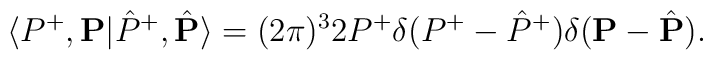
\langle P^+,{\bf P}|\hat P^+,\hat {\bf P}\rangle =(2\pi)^3 2P^+ \delta(P^+-\hat P^+)\delta ({\bf P}- \hat {\bf P}).